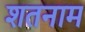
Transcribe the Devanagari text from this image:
शतनाम